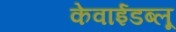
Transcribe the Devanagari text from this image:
केवाईडब्लू